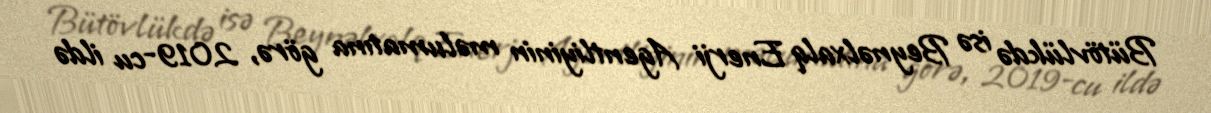
Bütövlükdə isə Beynəlxalq Enerji Agentliyinin məlumatına görə, 2019-cu ildə